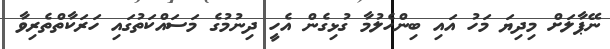
ނޭޕާލަށް މިދިޔަ މަހު އައި ބިންހެލުމާ ގުޅިގެން އެހީ ދިނުމުގެ މަސައްކަތުގައި ހަރަކާތްތެރިވާ